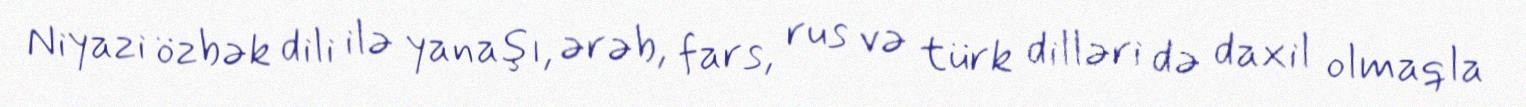
Niyazi özbək dili ilə yanaşı, ərəb, fars, rus və türk dilləri də daxil olmaqla